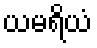
ယမရိယံ